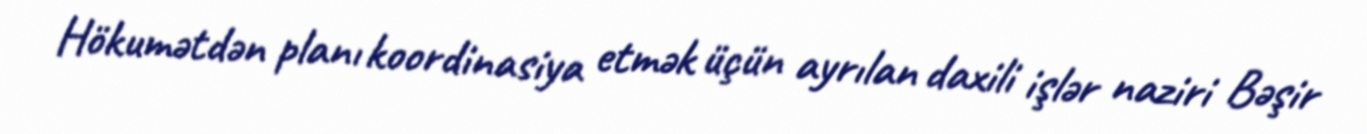
Hökumətdən planı koordinasiya etmək üçün ayrılan daxili işlər naziri Bəşir